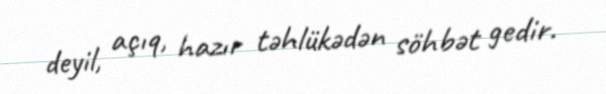
deyil, açıq, hazır təhlükədən söhbət gedir.